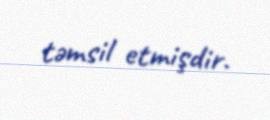
təmsil etmişdir.